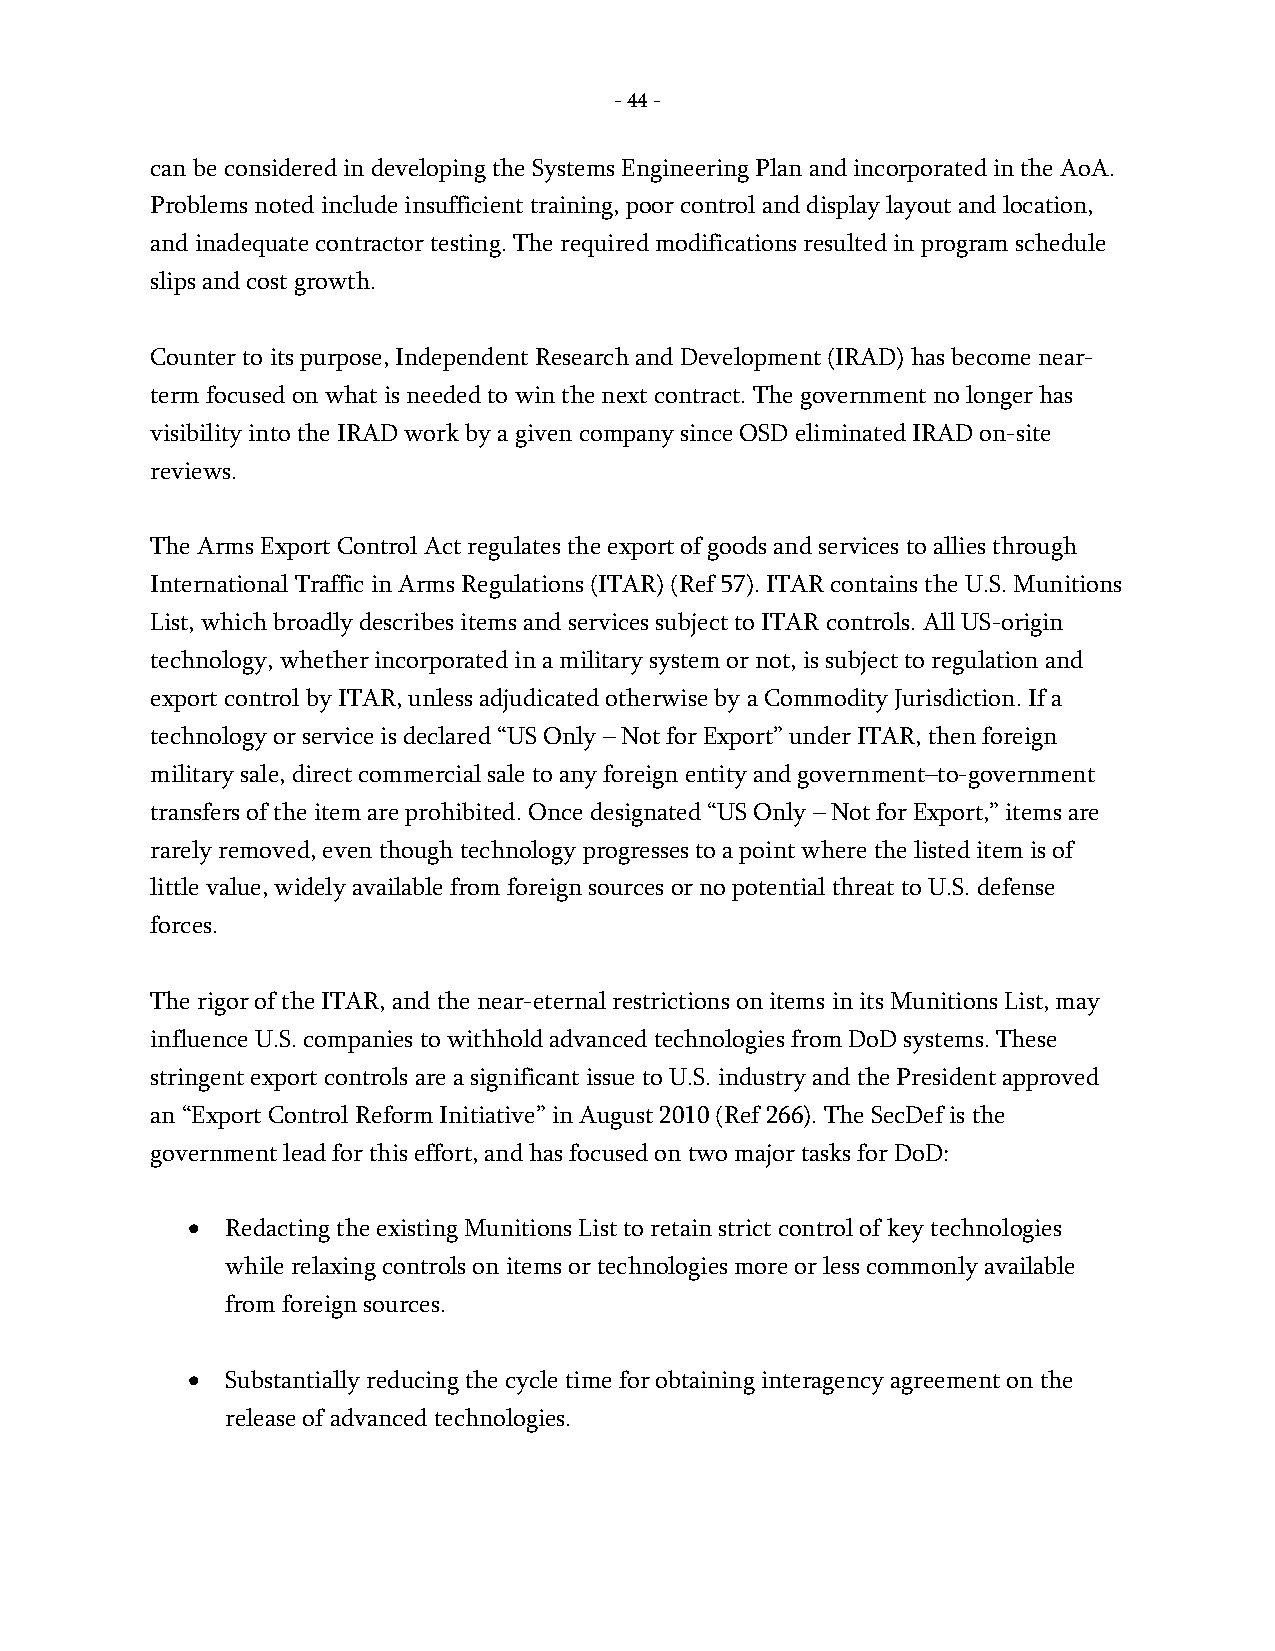
- 44 -
 can be considered in developing the Systems Engineering Plan and incorporated in the AoA.
 Problems noted include insufficient training, poor control and display layout and location,
 and inadequate contractor testing. The required modifications resulted in program schedule
 slips and cost growth.
 Counter to its purpose, Independent Research and Development (IRAD) has become near-
 term focused on what is needed to win the next contract. The government no longer has
 visibility into the IRAD work by a given company since OSD eliminated IRAD on-site
 reviews.
 The Arms Export Control Act regulates the export of goods and services to allies through
 International Traffic in Arms Regulations (ITAR) (Ref 57). ITAR contains the U.S. Munitions
 List, which broadly describes items and services subject to ITAR controls. All US-origin
 technology, whether incorporated in a military system or not, is subject to regulation and
 export control by ITAR, unless adjudicated otherwise by a Commodity Jurisdiction. If a
 technology or service is declared “US Only – Not for Export” under ITAR, then foreign
 military sale, direct commercial sale to any foreign entity and government–to-government
 transfers of the item are prohibited. Once designated “US Only – Not for Export,” items are
 rarely removed, even though technology progresses to a point where the listed item is of
 little value, widely available from foreign sources or no potential threat to U.S. defense
 forces.
 The rigor of the ITAR, and the near-eternal restrictions on items in its Munitions List, may
 influence U.S. companies to withhold advanced technologies from DoD systems. These
 stringent export controls are a significant issue to U.S. industry and the President approved
 an “Export Control Reform Initiative” in August 2010 (Ref 266). The SecDef is the
 government lead for this effort, and has focused on two major tasks for DoD:
 •  Redacting the existing Munitions List to retain strict control of key technologies
 while relaxing controls on items or technologies more or less commonly available
 from foreign sources.
 •  Substantially reducing the cycle time for obtaining interagency agreement on the
 release of advanced technologies.
 -
 44
 -